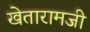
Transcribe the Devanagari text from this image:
खेतारामजी